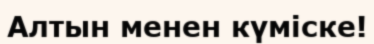
Алтын менен күміске!